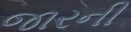
જારની